Lunatic asylums Central Provinces reports 1910-1926 - 1910-1926
Year: 1910
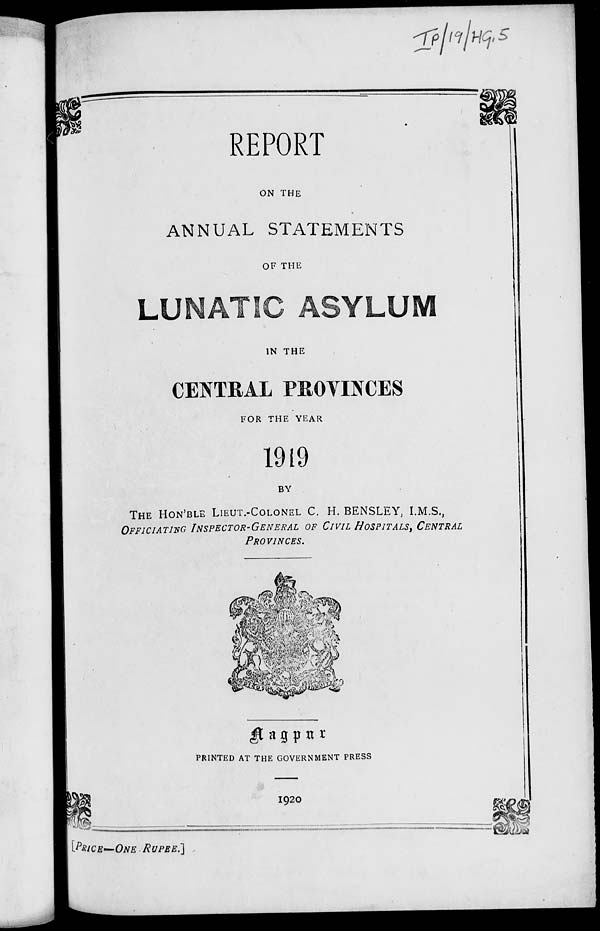
REPORT
ON THE
ANNUAL STATEMENTS
OF THE
LUNATIC ASYLUM
IN THE
CENTRAL PROVINCES
FOR THE YEAR
1919
BY
THE HON'BLE LIEUT.-COLONEL C. H. BENSLEY, I.M.S.,
OFFICIATING INSPECTOR-GENERAL OF CIVIL HOSPITALS, CENTRAL
PROVINCES.
Nagpur
PRINTED AT THE GOVERNMENT PRESS
1920
[PRICE—ONE RUPEE.]